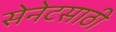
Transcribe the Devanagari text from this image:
सेनेटसाठी